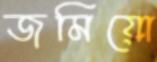
জমিয়ো